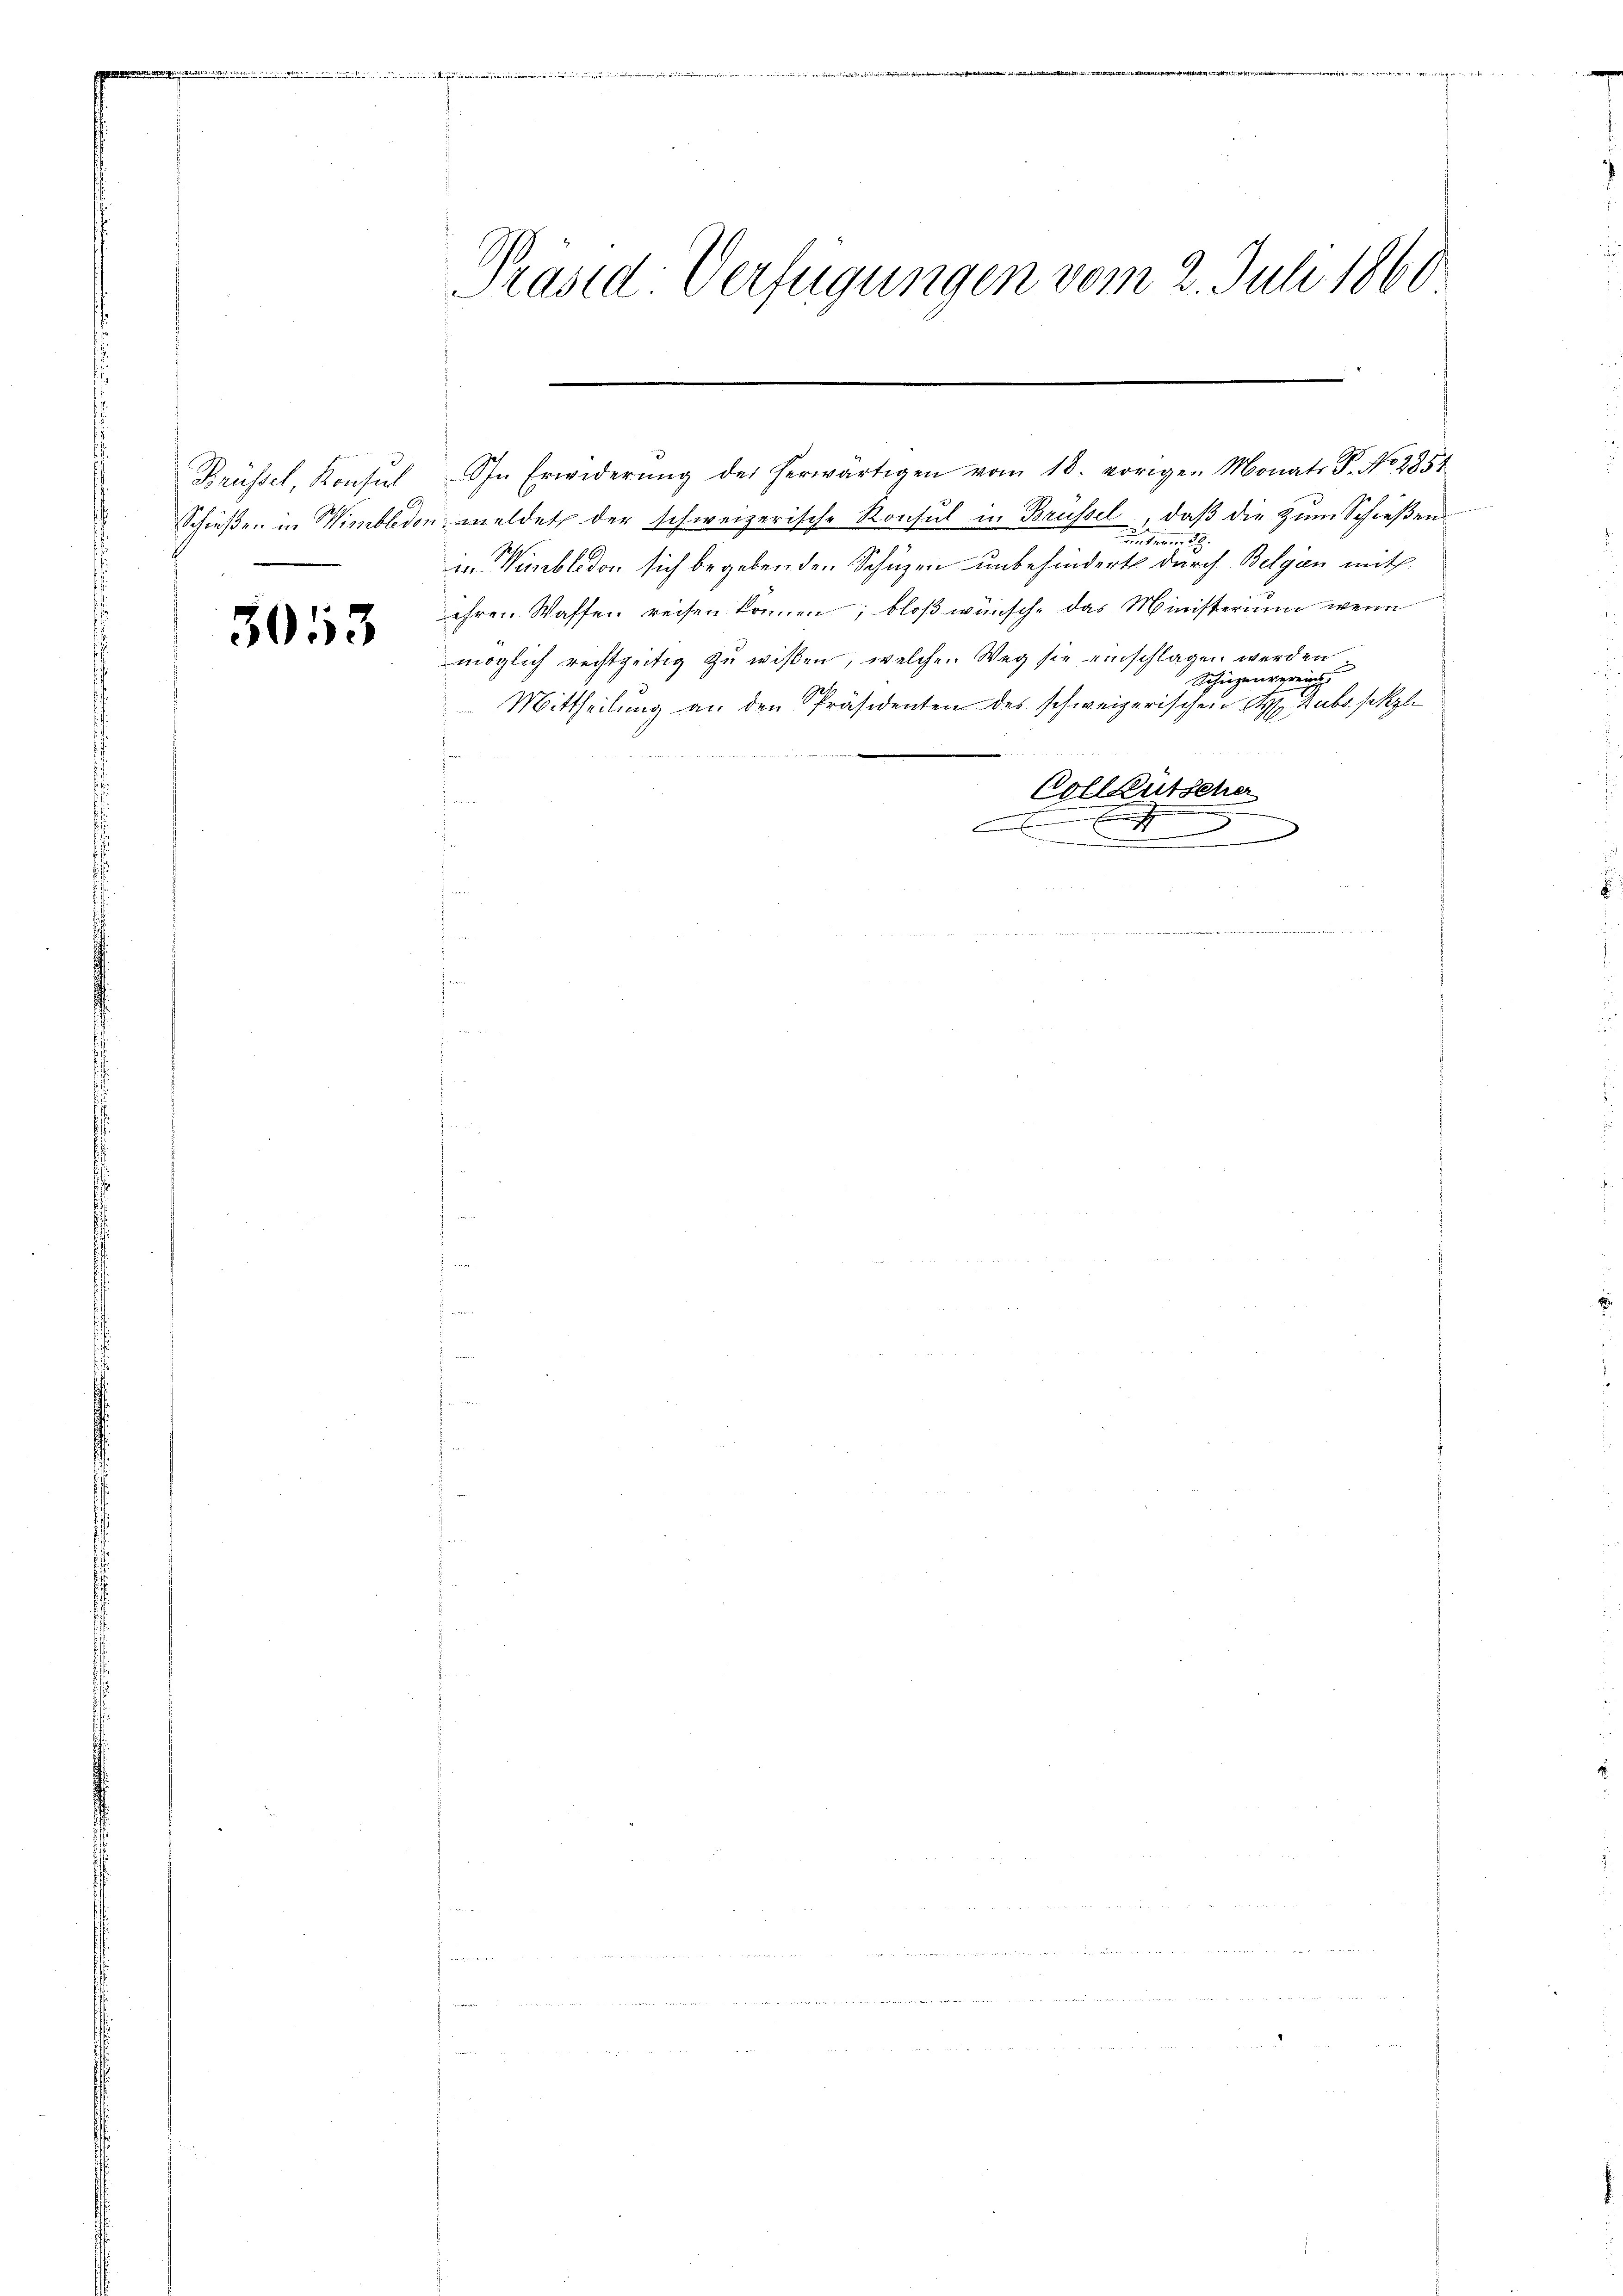
h
Brüssel, Konsul
2

3053

neben zu eige

Präsid. Verfügungen vom 2. Juli 1860.

In Erwiderŭng des herwärtigen vom 18. vorigen Monats P. No 2854
Schießen in Wimbledon meldet der schweizerische Konsul in Brüssel, daß die zum Schießen
unt immen
in Hinblidon sich begebenden Schüzen unbehindert durch Belgien mith
ihren Waffen reisen können; bloß wünsche das Ministerium wenn
möglich rechtzeitig zu wißen, welche Weg sie einschlagen werden
Schingen verein
Mittheilung an den Präsidenten des schweizerischen H. Dubs schle
Vollgütscher
A
e